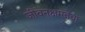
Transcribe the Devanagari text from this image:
जीवनक्षमतेचा